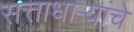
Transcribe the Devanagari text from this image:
सत्ताधाऱ्यांचे